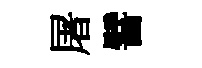
屠譬